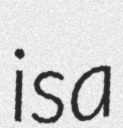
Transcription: is a